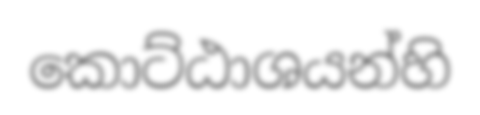
කොට්ඨාශයන්හි